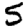
Digit: 5